Vaccination in the Punjab 1905-1918 - 1905-1918
Year: 1905
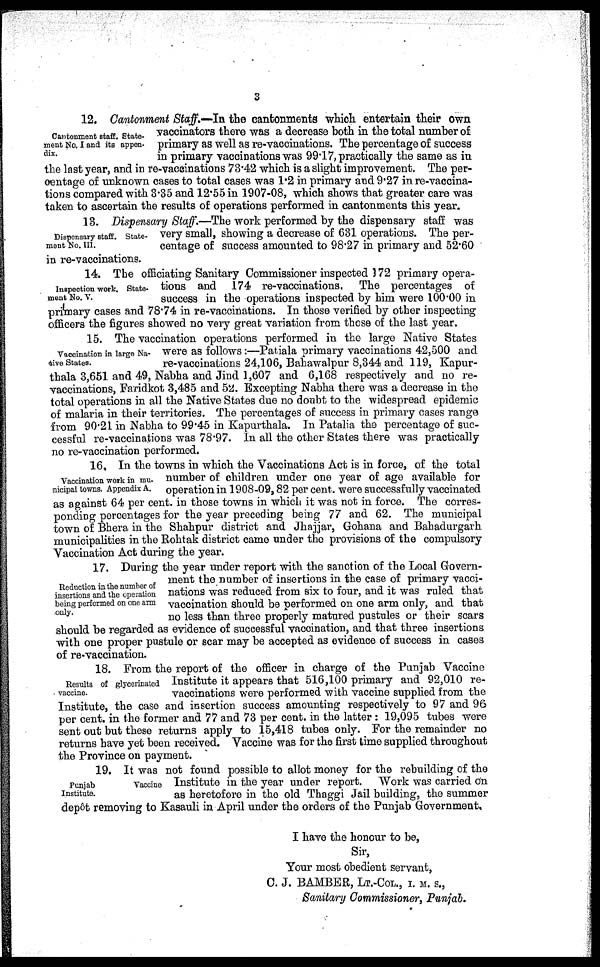
3
Cantonment staff. State-
ment No. I and its appen-
dix.
12. Cantonment Staff.—In the cantonments which entertain their own
vaccinators there was a decrease both in the total number of
primary as well as re-vaccinations. The percentage of success
in primary vaccinations was 99.17, practically the same as in
the last year, and in re-vaccinations 73.42 which is a slight improvement. The per-
centage of unknown cases to total cases was 1.2 in primary and 9.27 in re-vaccina-
tions compared with 3.35 and 12.55 in 1907-08, which shows that greater care was
taken to ascertain the results of operations performed in cantonments this year.
Dispensary staff. State-
ment No. III.
13. Dispensary Staff.—The work performed by the dispensary staff was
very small, showing a decrease of 631 operations. The per-
centage of success amounted to 98.27 in primary and 52.60
in re-vaccinations.
Inspection work. State-
ment No. V.
14. The officiating Sanitary Commissioner inspected 172 primary opera-
tions and 174 re-vaccinations. The percentages of
success in the operations inspected by him were 100.00 in
primary cases and 78.74 in re-vaccinations. In those verified by other inspecting
officers the figures showed no very great variation from those of the last year.
Vaccination in large Na-
tive States.
15. The vaccination operations performed in the large Native States
were as follows:—Patiala primary vaccinations 42,500 and
re-vaccinations 24,106, Bahawalpur 8,344 and 119, Kapur¬
thala 3,651 and 49, Nabha and Jind 1,607 and 6,168 respectively and no re-
vaccinations, Faridkot 3,485 and 52. Excepting Nabha there was a decrease in the
total operations in all the Native States due no doubt to the widespread epidemic
of malaria in their territories. The percentages of success in primary cases range
from 90.21 in Nabha to 99.45 in Kapurthala. In Patalia the percentage of suc-
cessful re-vaccinations was 78.97. In all the other States there was practically
no re-vaccination performed.
Vaccination work in mu-
nicipal towns. Appendix A.
16, In the towns in which the Vaccinations Act is in force, of the total
number of children under one year of age available for
operation in 1908-09,82 per cent. were successfully vaccinated
as against 64 per cent. in those towns in which it was not in force. The corres-
ponding percentages for the year preceding being 77 and 62. The municipal
town of Bhera in the Shahpur district and Jhajjar, Gohana and Bahadurgarh
municipalities in the Rohtak district came under the provisions of the compulsory
Vaccination Act during the year.
Reduction in the number of
insertions and the operation
being performed on one arm
only.
17. During the year under report with the sanction of the Local Govern-
ment the number of insertions in the case of primary vacci-
nations was reduced from six to four, and it was ruled that
vaccination should be performed on one arm only, and that
no less than three properly matured pustules or their scars
should be regarded as evidence of successful vaccination, and that three insertions
with one proper pustule or scar may be accepted as evidence of success in cases
of re-vaccination.
Results of glycerinated
vaccine.
18.From the report of the officer in charge of the Punjab Vaccine
Institute it appears that 516,100 primary and 92,010 re-
vaccinations were performed with vaccine supplied from the
Institute, the case and insertion success amounting respectively to 97 and 96
per cent. in the former and 77 and 73 per cent. in the latter : 19,095 tubes were
sent out but these returns apply to 15,418 tubes only. For the remainder no
returns have yet been received. Vaccine was for the first time supplied throughout
the Province on payment.
Punjab
Vaccine
Institute.
19. It was not found possible to allot money for the rebuilding of the
Institute in the year under report. Work was carried on
as heretofore in the old Thaggi Jail building, the summer
depôt removing to Kasauli in April under the orders of the Punjab Government,
I have the honour to be,
Sir,
Your most obedient servant,
C. J. BAMBER, LT.-COL., I. M. S.,
Sanitary Commissioner, Punjab.